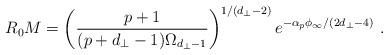
LaTeX: \begin{align*}R_0 M = \left( \frac{p+1}{(p+d_\perp-1) \Omega_{d_\perp-1}} \right)^{1/(d_\perp-2)}e^{-\alpha_p \phi_\infty/(2d_\perp-4)} \ .\end{align*}